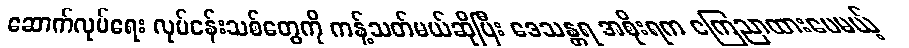
ဆောက်လုပ်ရေး လုပ်ငန်းသစ်တွေကို ကန့်သတ်မယ်ဆိုပြီး ဒေသန္တရ အစိုးရက ကြေညာထားပေမယ့်